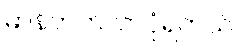
မာန်တက်လာပုံရတယ်။